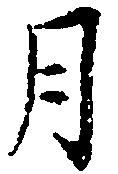
月